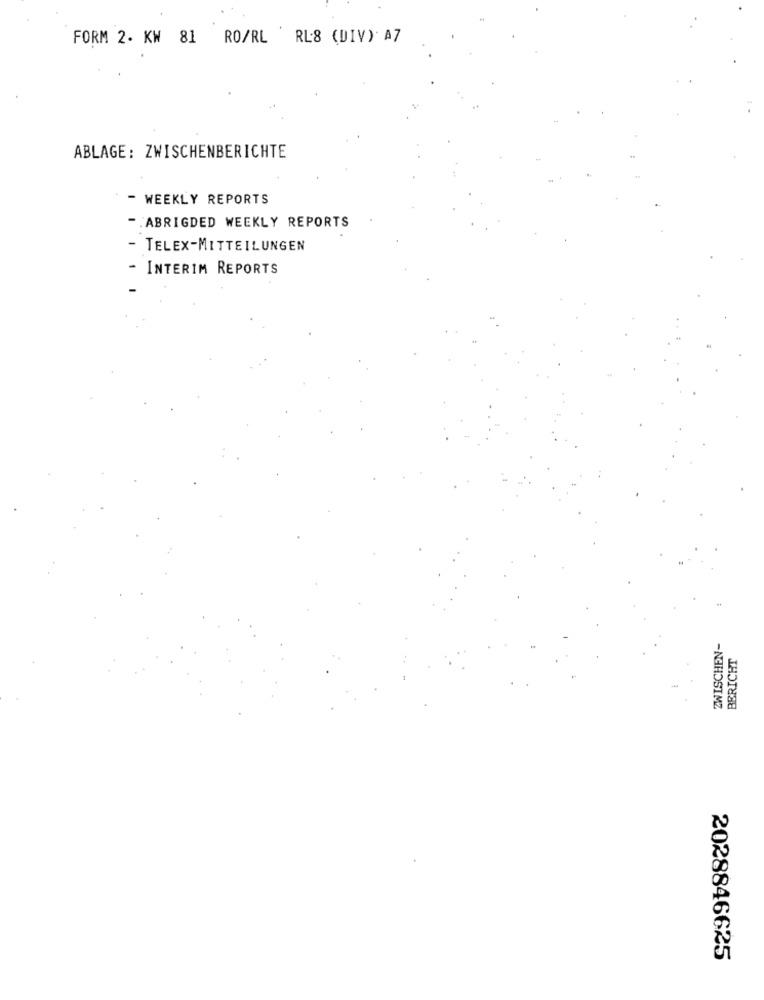
FORM 2. KW 81 RO/RL RL8 (DIV) A7
ABLAGE: ZWISCHENBERICHTE
- WEEKLY REPORTS
- . ABRIGDED WEEKLY REPORTS
- TELEX-MITTEILUNGEN
- INTERIM REPORTS
ZWISCHEN-
BERICHT
2028846625